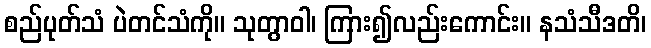
စည်ပုတ်သံ ပဲတင်သံကို။ သုတွာဝါ၊ ကြား၍လည်းကောင်း။ နသံသီဒတိ၊